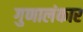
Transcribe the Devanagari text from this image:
गुणालंकार